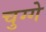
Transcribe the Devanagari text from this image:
चुग्गे